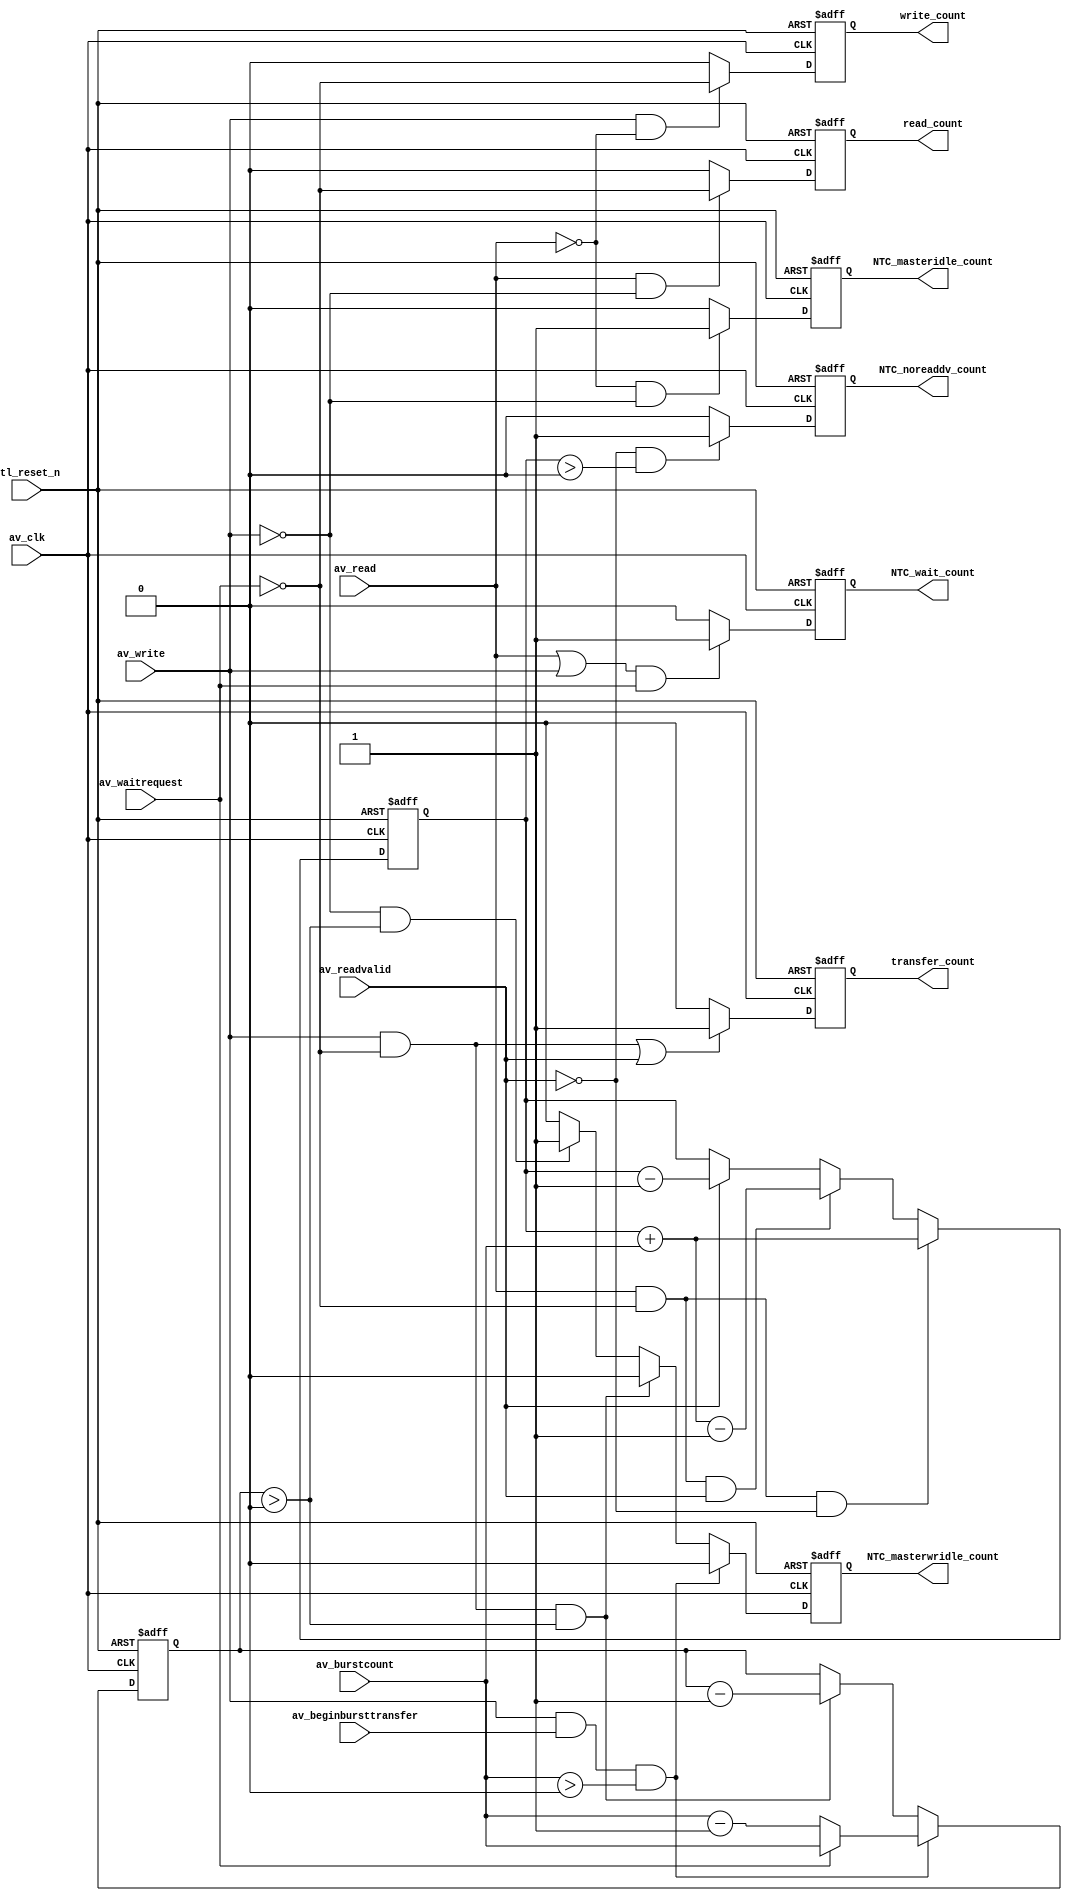
// (C) 2001-2016 Intel Corporation. All rights reserved.
// Your use of Intel Corporation's design tools, logic functions and other 
// software and tools, and its AMPP partner logic functions, and any output 
// files any of the foregoing (including device programming or simulation 
// files), and any associated documentation or information are expressly subject 
// to the terms and conditions of the Intel Program License Subscription 
// Agreement, Intel MegaCore Function License Agreement, or other applicable 
// license agreement, including, without limitation, that your use is for the 
// sole purpose of programming logic devices manufactured by Intel and sold by 
// Intel or its authorized distributors.  Please refer to the applicable 
// agreement for further details.



`timescale 1ps/1ps


module em_count_fsm (
  ctl_reset_n,  
  av_clk,       

  av_burstcount,
  av_beginbursttransfer,
  av_write,
  av_read,
  av_readvalid,
  av_waitrequest,

  transfer_count, 
  write_count, 
  read_count,
  NTC_wait_count, 
  NTC_noreaddv_count, 
  NTC_masterwridle_count,
  NTC_masteridle_count
);

parameter EMPC_AV_BURSTCOUNT_WIDTH = 4;

input  ctl_reset_n;
input  av_clk;
input  [EMPC_AV_BURSTCOUNT_WIDTH-1:0] av_burstcount;
input  av_beginbursttransfer;
input  av_write;
input  av_read;
input  av_readvalid;
input  av_waitrequest;

output transfer_count; 
output write_count; 
output read_count; 
output NTC_wait_count; 
output NTC_noreaddv_count; 
output NTC_masterwridle_count; 
output NTC_masteridle_count; 

wire av_clk;
wire [EMPC_AV_BURSTCOUNT_WIDTH-1:0] av_burstcount;
wire av_beginbursttransfer;
wire av_write;
wire av_read;
wire av_readvalid;
wire av_waitrequest;

reg  transfer_count; 
reg  write_count; 
reg  read_count; 
reg  NTC_wait_count; 
reg  NTC_noreaddv_count; 
reg  NTC_masterwridle_count; 
reg  NTC_masteridle_count; 

reg  [EMPC_AV_BURSTCOUNT_WIDTH-1:0]  wrburst_counter;
reg                          [25:0]  rdburst_counter;

always @(posedge av_clk or negedge ctl_reset_n)
begin
  if (~ctl_reset_n) 
  begin
    transfer_count <= 1'b0; 
    write_count <= 1'b0; 
    read_count <= 1'b0; 
    NTC_wait_count <= 1'b0; 
    NTC_noreaddv_count <= 1'b0; 
    NTC_masterwridle_count <= 1'b0;
    NTC_masteridle_count <= 1'b0;
    wrburst_counter <= 0;
    rdburst_counter <= 0;
  end else begin
    if ((av_write & ~av_waitrequest) | av_readvalid) begin
      transfer_count <= 1'b1;
    end else begin
      transfer_count <= 0;
    end

    if (av_read & ~av_write) begin
      read_count <= ~av_waitrequest;
    end else begin
      read_count <= 0;
    end

    if (av_write & ~av_read) begin
      write_count <= ~av_waitrequest;
    end else begin
      write_count <= 0;
    end

    NTC_wait_count <= ((av_read | av_write) & av_waitrequest) ? 1'b1 : 1'b0;  

    if (av_read == 1'b1 & av_waitrequest == 1'b0 & av_readvalid == 1'b0) begin  
      rdburst_counter <= rdburst_counter + av_burstcount;
    end else if (av_read == 1'b1 & av_waitrequest == 1'b0 & av_readvalid == 1'b1) begin  
      rdburst_counter <= rdburst_counter + av_burstcount - 1'b1;
    end else if (av_readvalid == 1'b1) begin  
      rdburst_counter <= rdburst_counter - 1'b1;
    end else begin
      rdburst_counter <= rdburst_counter;
    end

    if (av_readvalid == 1'b0 & rdburst_counter > 0) begin  
      NTC_noreaddv_count <= 1'b1;
    end else begin
      NTC_noreaddv_count <= 1'b0;
    end	

    if (av_write == 1'b1 & av_beginbursttransfer == 1'b1 & av_burstcount > 0) begin  

      if (av_waitrequest) begin
        wrburst_counter <= av_burstcount;
      end else begin
        wrburst_counter <= av_burstcount - 1'b1;
      end

      NTC_masterwridle_count <= 1'b0;
    end else if (av_write == 1'b1 & av_waitrequest == 1'b0 & wrburst_counter > 0) begin  
      wrburst_counter <= wrburst_counter - 1'b1;
      NTC_masterwridle_count <= 1'b0;
    end else if (av_write == 1'b0 & wrburst_counter > 0) begin  
      wrburst_counter <= wrburst_counter;
      NTC_masterwridle_count <= 1'b1;
    end else begin
      wrburst_counter <= wrburst_counter; 
      NTC_masterwridle_count <= 1'b0;
    end

    if (~av_read & ~av_write) begin
      NTC_masteridle_count <= 1'b1;
    end else begin
      NTC_masteridle_count <= 1'b0;
    end

  end
end  

endmodule